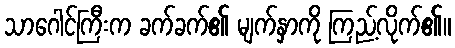
သာဂေါင်ကြီးက ခက်ခက်၏ မျက်နှာကို ကြည့်လိုက်၏။